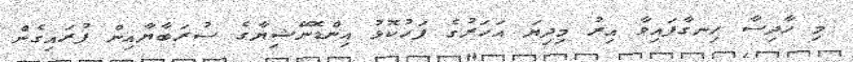
މި ހާދިސާ ހިނގާފައިވާ އިރު މިދިޔަ އަހަރުގެ ފަހުކޮޅު އިންޑޮނޭޝިޔާގެ ސުރަބާޔާއިން ފުރައިގެން